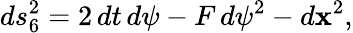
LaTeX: ds_{6}^{2}=2\, dt\, d\psi-F\, d\psi^{2}-d{\mathbf x}^{2},